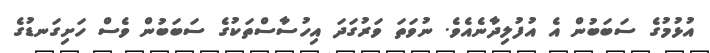
އުޅުމުގެ ސަބަބުން އެ އުފުލިދާނެއެވެ. ނުވަތަ ވަރުގަދަ އިހުސާސްތަކުގެ ސަބަބުން ވެސް ހަށިގަނޑުގެ